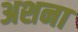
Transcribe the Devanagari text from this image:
अशना